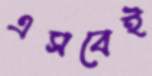
এসবেই